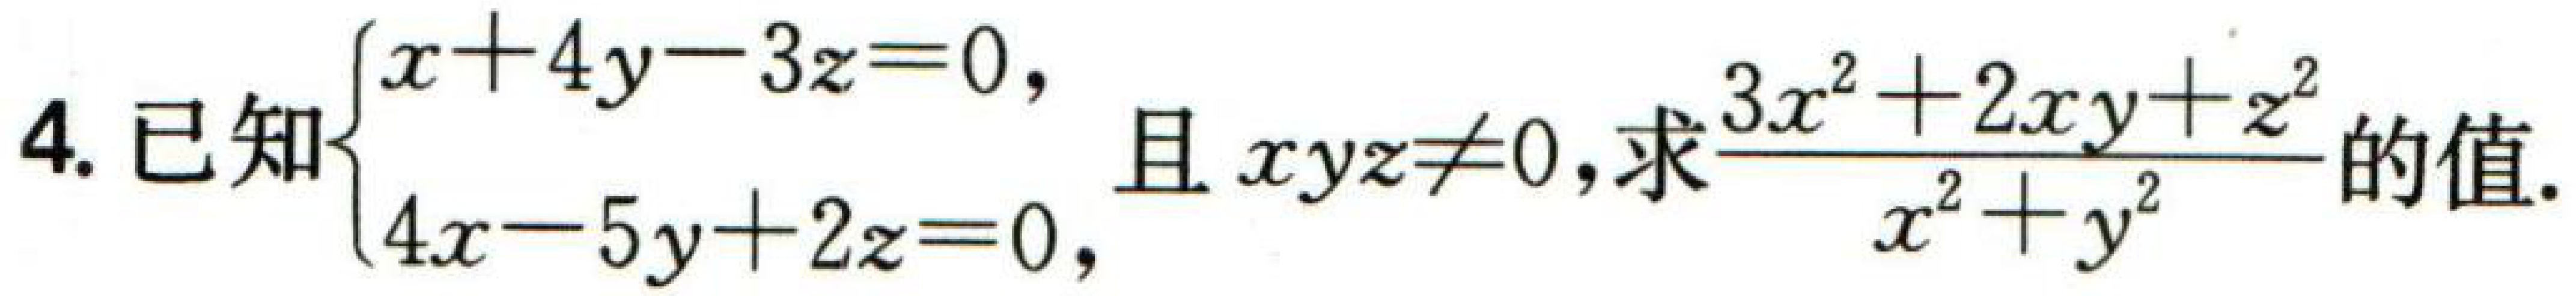
4. 已知\(\begin{cases}x + 4y-3z = 0,\\4x-5y + 2z = 0,\end{cases}\)且 \(xyz\neq0\)，求\(\frac{3x^{2}+2xy + z^{2}}{x^{2}+y^{2}}\)的值.